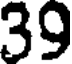
39